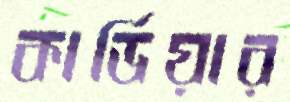
কার্ডিয়ার